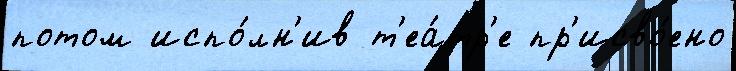
потом испо́лн'ив т'еа́тр'е пр'исво́ено